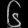
Digit: ၆